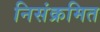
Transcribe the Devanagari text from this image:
निसंक्रमित